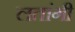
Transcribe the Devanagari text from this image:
लतांगी